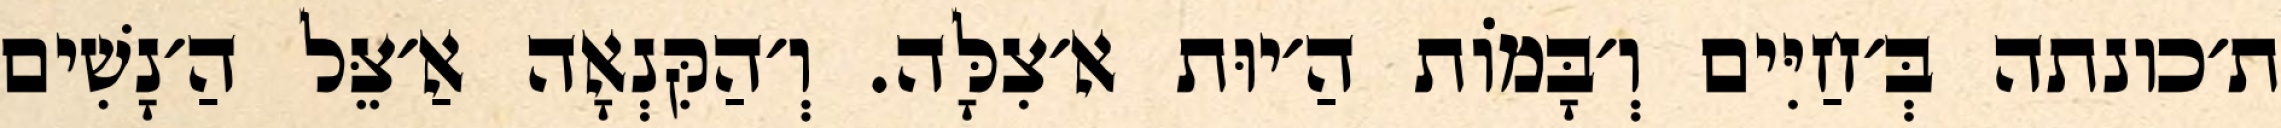
ת׳כונתה בְּ׳חַיִּים וְ׳בָּמוֹת הַ׳יוּת א׳צִלָּה. וְ׳הַקִּנְאָה אַ׳צֵּל הַ׳נָשִׁים